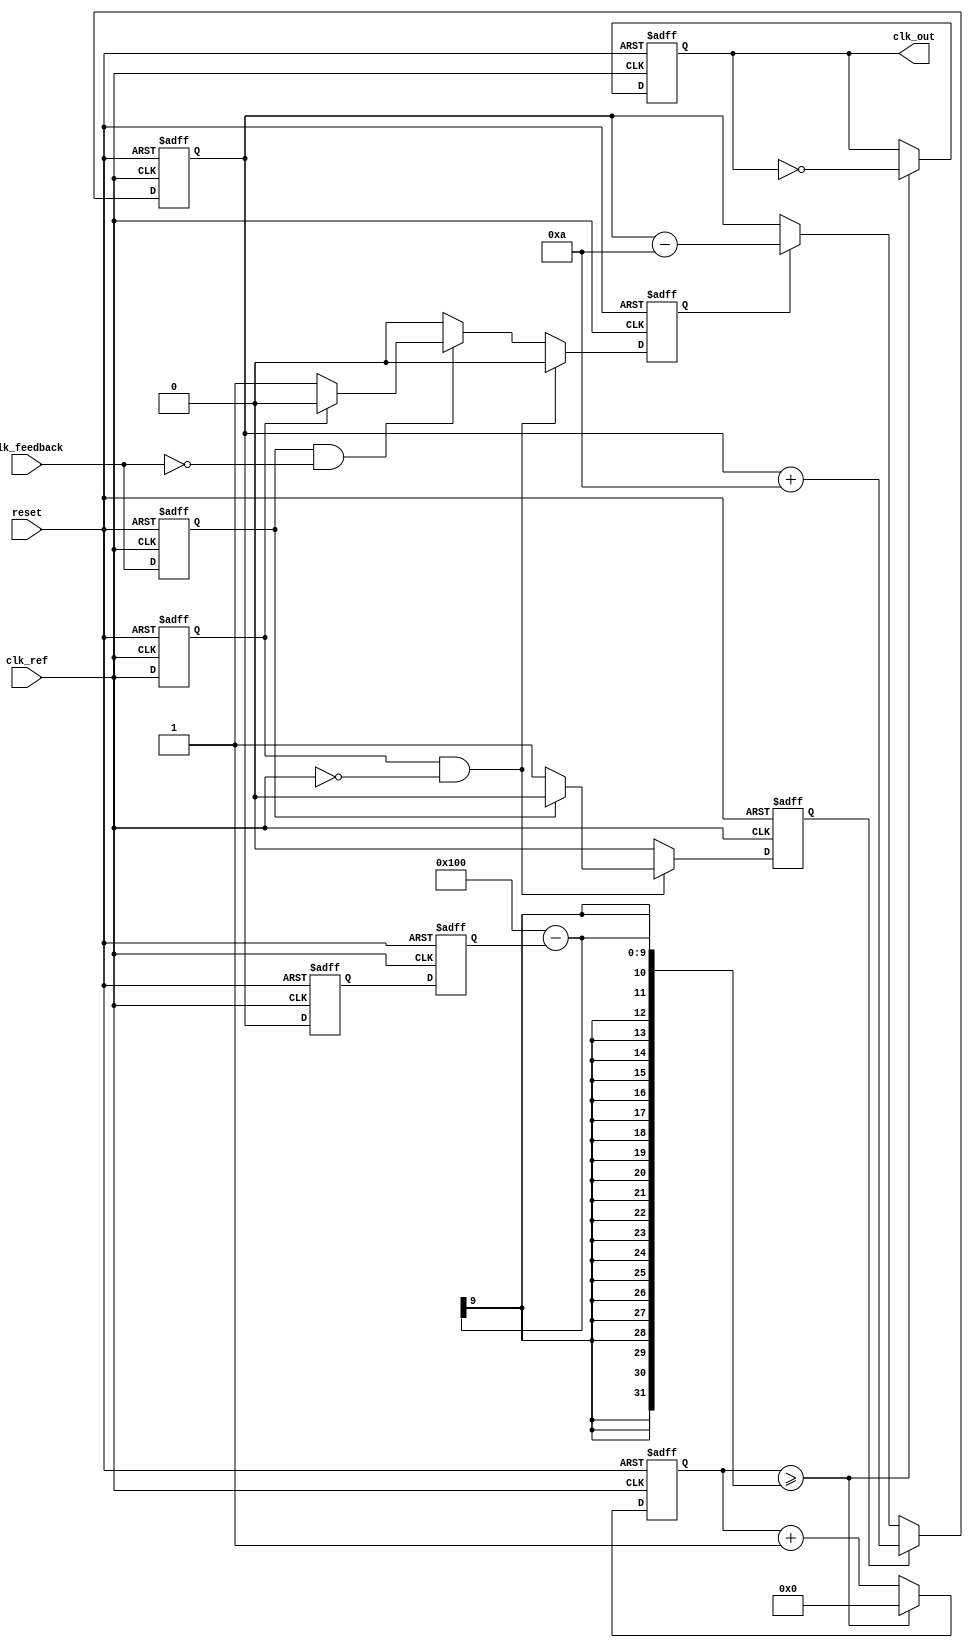
module cp_pll (
    input wire clk_ref,          // Reference clock input
    input wire clk_feedback,     // Feedback clock input from VCO
    input wire reset,            // Reset signal
    output reg clk_out           // Output clock from VCO
);

// Parameters
parameter CP_CURRENT = 8'd10; // Charge pump current (arbitrary units)
parameter DIV_RATIO = 4;       // Frequency divider ratio

// PFD signals
reg pfd_up, pfd_down;
reg pfd_clk_ref_last, pfd_clk_feedback_last;

// Charge Pump signals
reg [7:0] charge_pump_output; // Output voltage from charge pump
reg [7:0] loop_filter_output;  // Control voltage for VCO

// VCO signals
reg [7:0] vco_frequency;       // VCO frequency control
reg [7:0] vco_counter;         // VCO counter for generating output clock

// Frequency Divider signals
reg [1:0] div_counter;         // Divider counter

// Phase Frequency Detector (PFD)
always @(posedge clk_ref or posedge reset) begin
    if (reset) begin
        pfd_up <= 0;
        pfd_down <= 0;
        pfd_clk_ref_last <= 0;
        pfd_clk_feedback_last <= 0;
    end else begin
        pfd_clk_ref_last <= clk_ref;
        pfd_clk_feedback_last <= clk_feedback;

        if (pfd_clk_ref_last && !clk_ref) begin
            if (!pfd_clk_feedback_last) begin
                pfd_up <= 1; // Reference leads feedback
                pfd_down <= 0;
            end else begin
                pfd_up <= 0;
                pfd_down <= 0; // No change
            end
        end else if (pfd_clk_feedback_last && !clk_feedback) begin
            if (!pfd_clk_ref_last) begin
                pfd_down <= 1; // Feedback leads reference
                pfd_up <= 0;
            end else begin
                pfd_up <= 0;
                pfd_down <= 0; // No change
            end
        end else begin
            pfd_up <= 0;
            pfd_down <= 0; // No change
        end
    end
end

// Charge Pump
always @(posedge clk_ref or posedge reset) begin
    if (reset) begin
        charge_pump_output <= 8'd0;
    end else begin
        if (pfd_up) begin
            charge_pump_output <= charge_pump_output + CP_CURRENT; // Charge
        end else if (pfd_down) begin
            charge_pump_output <= charge_pump_output - CP_CURRENT; // Discharge
        end
    end
end

// Loop Filter (simple integrator for demonstration)
always @(posedge clk_ref or posedge reset) begin
    if (reset) begin
        loop_filter_output <= 8'd0;
    end else begin
        loop_filter_output <= charge_pump_output; // Directly use charge pump output
    end
end

// Voltage-Controlled Oscillator (VCO)
always @(posedge clk_ref or posedge reset) begin
    if (reset) begin
        vco_frequency <= 8'd0;
        vco_counter <= 8'd0;
        clk_out <= 0;
    end else begin
        vco_frequency <= loop_filter_output; // Control frequency based on loop filter output
        vco_counter <= vco_counter + 1;

        // Generate output clock based on VCO frequency
        if (vco_counter >= (256 - vco_frequency)) begin
            clk_out <= ~clk_out; // Toggle output clock
            vco_counter <= 8'd0;  // Reset counter
        end
    end
end

// Frequency Divider
always @(posedge clk_out or posedge reset) begin
    if (reset) begin
        div_counter <= 2'd0;
    end else begin
        if (div_counter == DIV_RATIO - 1) begin
            div_counter <= 2'd0; // Reset divider counter
        end else begin
            div_counter <= div_counter + 1; // Increment divider counter
        end
    end
end

endmodule